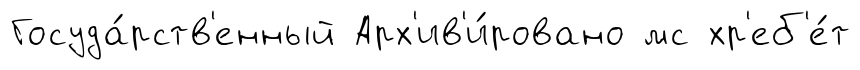
Госуда́рств'енный Арх'ив'и́ровано мс хр'еб'е́т